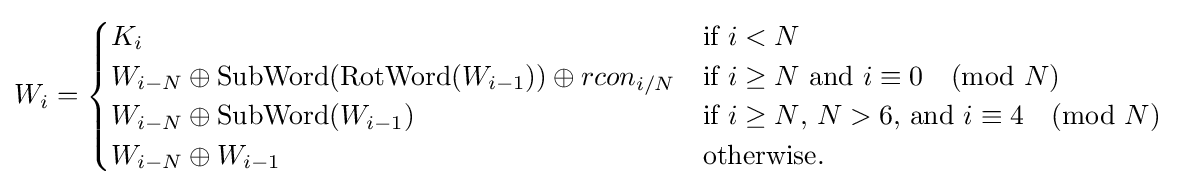
W_{i}={\begin{cases}K_{i}&{\text{if }}i<N\\W_{i-N}\oplus \operatorname {SubWord} (\operatorname {RotWord} (W_{i-1}))\oplus rcon_{i/N}&{\text{if }}i\geq N{\text{ and }}i\equiv 0{\pmod {N}}\\W_{i-N}\oplus \operatorname {SubWord} (W_{i-1})&{\text{if }}i\geq N{\text{, }}N>6{\text{, and }}i\equiv 4{\pmod {N}}\\W_{i-N}\oplus W_{i-1}&{\text{otherwise.}}\\\end{cases}}